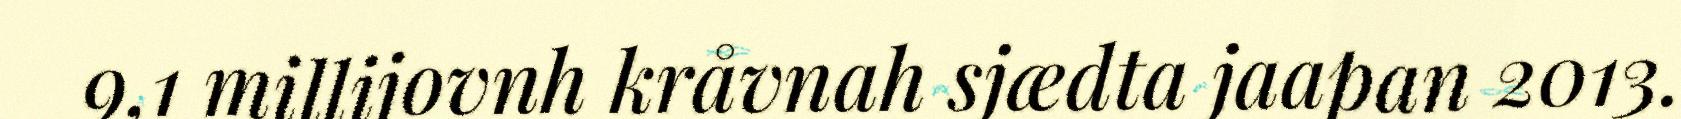
9,1 millijovnh kråvnah sjædta jaapan 2013.